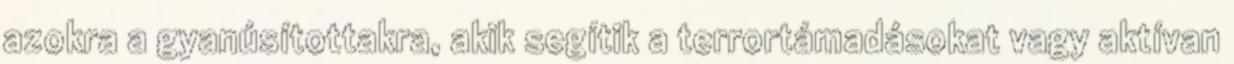
azokra a gyanúsítottakra, akik segítik a terrortámadásokat vagy aktívan